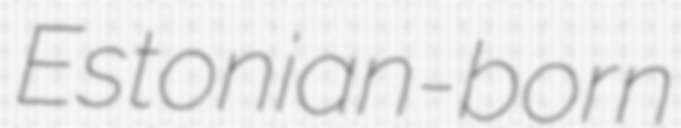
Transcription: Estonian-born